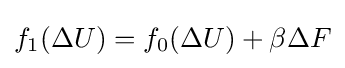
f_{1}(\Delta U)=f_{0}(\Delta U)+\beta \Delta F